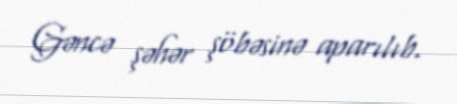
Gəncə şəhər şöbəsinə aparılıb.